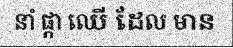
នាំ ផ្កា ឈើ ដែល មាន